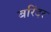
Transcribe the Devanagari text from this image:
बरिंदर